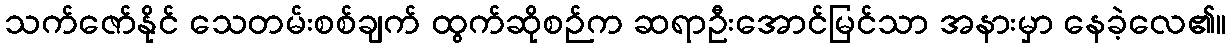
သက်ဇော်နိုင် သေတမ်းစစ်ချက် ထွက်ဆိုစဉ်က ဆရာဦးအောင်မြင်သာ အနားမှာ နေခဲ့လေ၏။